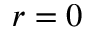
r = 0